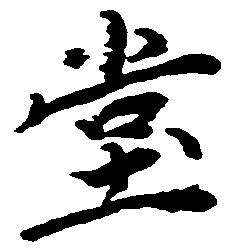
堂